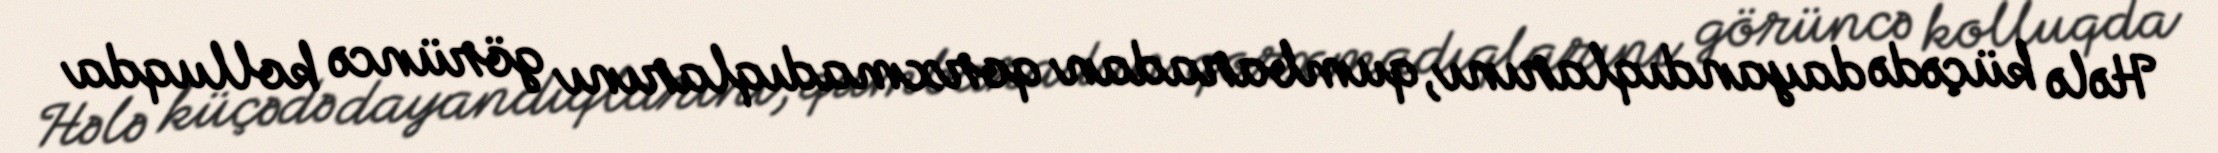
Hələ küçədə dayandıqlarını, qumbaradan qorxmadıqlarını görüncə kolluqda